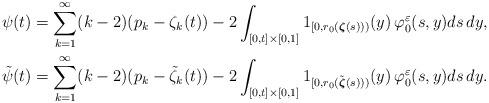
LaTeX: \begin{align*}\psi(t) & = \sum_{k=1}^\infty (k-2) (p_k-\zeta_k(t)) - 2\int_{[0,t] \times [0,1]} {{1}}_{[0,r_0(\boldsymbol{\zeta}(s)))}(y) \, \varphi_0^\varepsilon(s,y) ds\,dy, \\{\tilde{\psi}}(t) & = \sum_{k=1}^\infty (k-2) (p_k-{\tilde{\zeta}}_k(t)) - 2\int_{[0,t] \times [0,1]} {{1}}_{[0,r_0({\tilde{\boldsymbol{\zeta}}}(s)))}(y) \, \varphi_0^\varepsilon(s,y) ds\,dy.\end{align*}